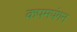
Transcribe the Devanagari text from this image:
कपमपंगन